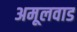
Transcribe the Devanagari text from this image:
अमूलवाड